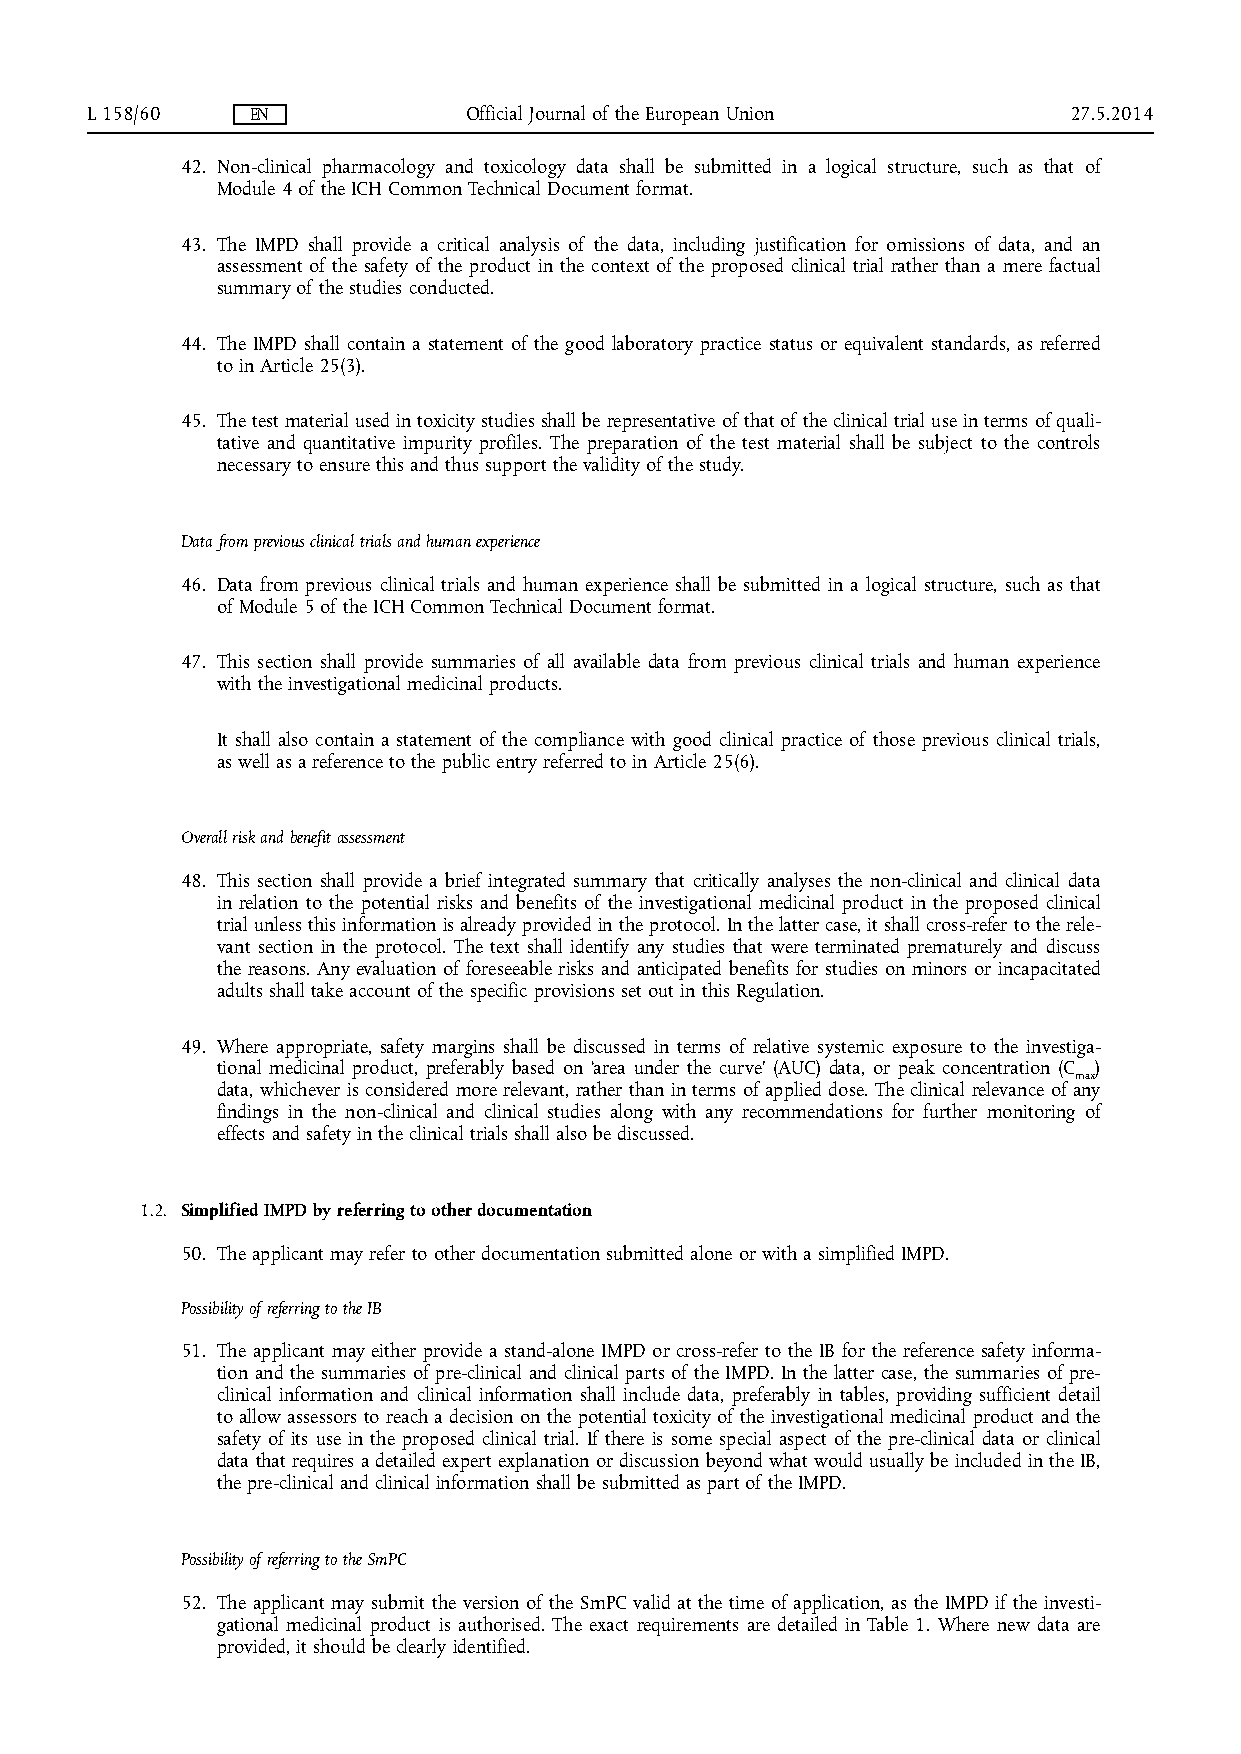
L 158/60   EN            Official Journal of the European Union  27.5.2014
 42. Non-clinical pharmacology and toxicology data shall be submitted in a logical structure, such as that of
 Module 4 of the ICH Common Technical Document format.
 43. The IMPD shall provide a critical analysis of the data, including justification for omissions of data, and an
 assessment of the safety of the product in the context of the proposed clinical trial rather than a mere factual
 summary of the studies conducted.
 44. The IMPD shall contain a statement of the good laboratory practice status or equivalent standards, as referred
 to in Article 25(3).
 45. The test material used in toxicity studies shall be representative of that of the clinical trial use in terms of quali­
 tative and quantitative impurity profiles. The preparation of the test material shall be subject to the controls
 necessary to ensure this and thus support the validity of the study.
 Data from previous clinical trials and human experience
 46. Data from previous clinical trials and human experience shall be submitted in a logical structure, such as that
 of Module 5 of the ICH Common Technical Document format.
 47. This section shall provide summaries of all available data from previous clinical trials and human experience
 with the investigational medicinal products.
 It shall also contain a statement of the compliance with good clinical practice of those previous clinical trials,
 as well as a reference to the public entry referred to in Article 25(6).
 Overall risk and benefit assessment
 48. This section shall provide a brief integrated summary that critically analyses the non-clinical and clinical data
 in relation to the potential risks and benefits of the investigational medicinal product in the proposed clinical
 trial unless this information is already provided in the protocol. In the latter case, it shall cross-refer to the rele­
 vant section in the protocol. The text shall identify any studies that were terminated prematurely and discuss
 the reasons. Any evaluation of foreseeable risks and anticipated benefits for studies on minors or incapacitated
 adults shall take account of the specific provisions set out in this Regulation.
 49. Where appropriate, safety margins shall be discussed in terms of relative systemic exposure to the investiga­
 tional medicinal product, preferably based on ‘area under the curve’ (AUC) data, or peak concentration (C )
 max
 data, whichever is considered more relevant, rather than in terms of applied dose. The clinical relevance of any
 findings in the non-clinical and clinical studies along with any recommendations for further monitoring of
 effects and safety in the clinical trials shall also be discussed.
 1.2. Simplified IMPD by referring to other documentation
 50. The applicant may refer to other documentation submitted alone or with a simplified IMPD.
 Possibility of referring to the IB
 51. The applicant may either provide a stand-alone IMPD or cross-refer to the IB for the reference safety informa­
 tion and the summaries of pre-clinical and clinical parts of the IMPD. In the latter case, the summaries of pre-
 clinical information and clinical information shall include data, preferably in tables, providing sufficient detail
 to allow assessors to reach a decision on the potential toxicity of the investigational medicinal product and the
 safety of its use in the proposed clinical trial. If there is some special aspect of the pre-clinical data or clinical
 data that requires a detailed expert explanation or discussion beyond what would usually be included in the IB,
 the pre-clinical and clinical information shall be submitted as part of the IMPD.
 Possibility of referring to the SmPC
 52. The applicant may submit the version of the SmPC valid at the time of application, as the IMPD if the investi­
 gational medicinal product is authorised. The exact requirements are detailed in Table 1. Where new data are
 provided, it should be clearly identified.